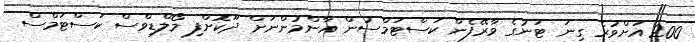
200 އަށްވުރެ ގިނަ ޓަނުގެ ވާރޭފެން ކަސްޓަމްސުން އާންމުންނަށް ދޫކޮށްފި މޯލްޑިވްސް ކަސްޓަމްސް